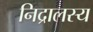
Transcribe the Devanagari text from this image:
निद्रालस्य